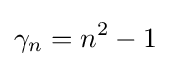
\gamma _{n}=n^{2}-1